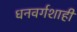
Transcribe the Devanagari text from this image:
धनवर्गशाही